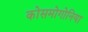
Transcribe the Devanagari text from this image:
कोसमोगोनिया